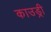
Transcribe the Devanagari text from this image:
काउड्री